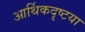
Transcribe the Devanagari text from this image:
आर्थिकदृष्टया